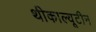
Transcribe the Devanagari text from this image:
थीकाल्यूटीन